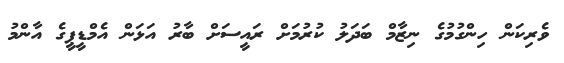
ވެރިކަން ހިންގުމުގެ ނިޒާމް ބަދަލު ކުރުމަށް ރައީސަށް ބާރު އަޅަން އެމްޑީޕީގެ އާންމު